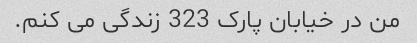
من در خیابان پارک 323 زندگی می کنم.